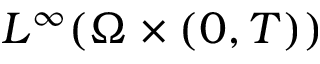
L ^ { \infty } ( \Omega \times ( 0 , T ) )